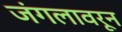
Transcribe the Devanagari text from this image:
जंगलावरून